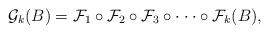
LaTeX: \begin{align*}\mathcal{G}_k(B)=\mathcal{F}_{1}\circ \mathcal{F}_{2}\circ \mathcal{F}_{3}\circ \cdot \cdot \cdot \circ \mathcal{F}_k(B),\end{align*}